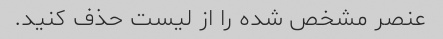
عنصر مشخص شده را از لیست حذف کنید.